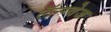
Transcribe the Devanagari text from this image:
लॅन्ग्वेज